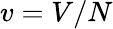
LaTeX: v=V/N